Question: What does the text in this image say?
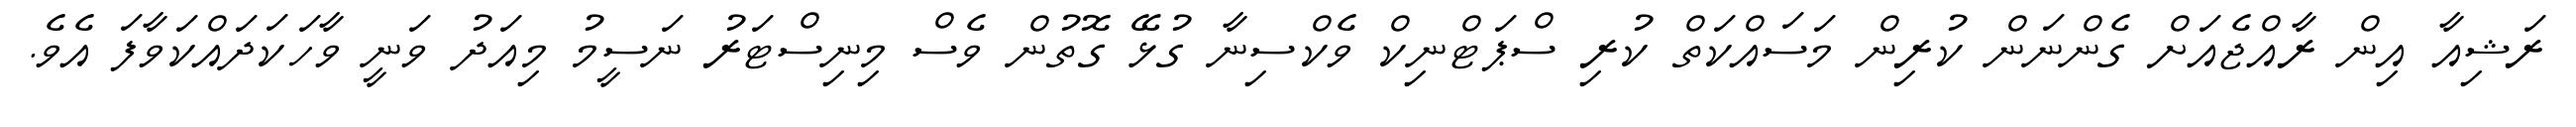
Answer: ރަޝިއާ އިން ރާއްޖެއަށް ގެންނަން ކުރިން މަސައްކަތް ކުރި ސްޕަޓްނިކް ވެކްސިނާ ގުޅޭ ގޮތުން ވެސް މިނިސްޓަރު ނަސީމު މިއަދު ވަނީ ވާހަކަދައްކަވާފަ އެވެ.